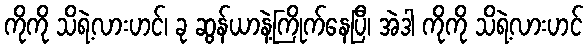
ကိုကို သိရဲ့လားဟင်၊ ခု ဆွန်ယာနဲ့ကြိုက်နေပြီ၊ အဲဒါ ကိုကို သိရဲ့လားဟင်